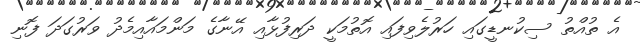
އެ ތުއްތު ސިކުނޑީގައި ހަރުލެވިފައި އޮތުމަކީ ދަރިފުޅާއި އޭނާގެ މަންމައާއިމެދު ވަރުގަދަ ފޮނި